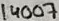
Text: 14007